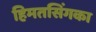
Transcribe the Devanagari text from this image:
हिमतसिंगका